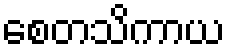
စေတသိကာယ